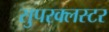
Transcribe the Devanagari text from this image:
सुपरक्‍लस्टर